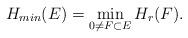
LaTeX: \begin{align*}H_{min}(E)=\min\limits_{0 \neq F \subset E} H_r(F).\end{align*}